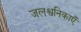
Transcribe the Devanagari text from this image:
जलश्वनिकाएँ